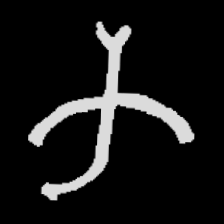
Pyu character \u2014 Myanmar letter: က (romanized: ka)